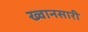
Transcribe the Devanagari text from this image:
ख्वानसारी